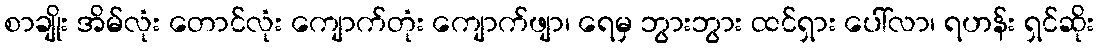
စာချိုး အိမ်လုံး တောင်လုံး ကျောက်တုံး ကျောက်ဖျာ၊ ရေမှ ဘွားဘွား ထင်ရှား ပေါ်လာ၊ ရဟန်း ရှင်ဆိုး